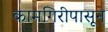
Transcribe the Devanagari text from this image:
कामगिरीपासून